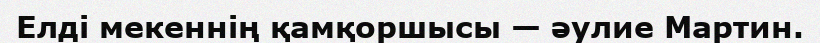
Елді мекеннің қамқоршысы — әулие Мартин.